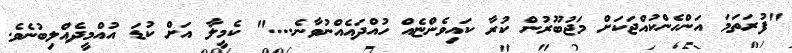
"ފުރަތަމަ އަންހެންކުއްޖަކަށް މަޖުބޫރުން ކުރާ ކައިވެންޏެއް ހުއްދައެއްނުވާނެ...." ކެމީލާ އަށް ކުޑަ އުއްމީދެއްލިބުނެވެ.